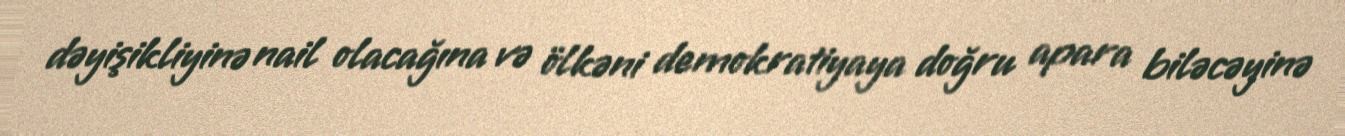
dəyişikliyinə nail olacağına və ölkəni demokratiyaya doğru apara biləcəyinə